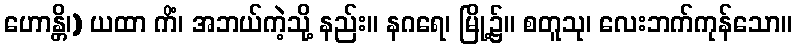
ဟောန္တိ၊) ယထာ ကိံ၊ အဘယ်ကဲ့သို့ နည်း။ နဂရေ၊ မြို့၌။ စတူသု၊ လေးဘက်ကုန်သော။